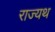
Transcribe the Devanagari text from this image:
राज्यथ